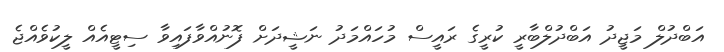
އަބްދުލް މަޖީދު އަބްދުލްބާރީ ކުރީގެ ރައީސް މުހައްމަދު ނަޝީދަށް ފޮނުއްވާފައިވާ ސިޓީއެއް ލީކުވެއްޖެ